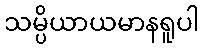
သမ္ပိယာယမာနရူပါ